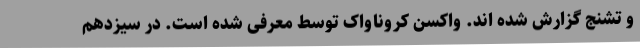
و تشنج گزارش شده اند. واکسن کروناواک توسط معرفی شده است. در سیزدهم